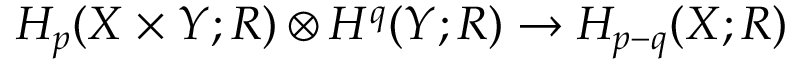
H _ { p } ( X \times Y ; R ) \otimes H ^ { q } ( Y ; R ) \rightarrow H _ { p - q } ( X ; R )